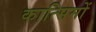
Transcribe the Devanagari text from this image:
कात्सिमों